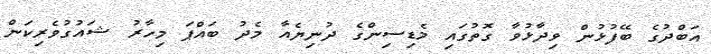
އަބްދުގެ ބޭފުޅުން ވިދާޅުވާ ގޮތުގައި މެޑިސިންގެ ދުނިޔެއާ މެދު ބައްޕަ މިހާރު ޝައުގުވެރިކަން